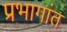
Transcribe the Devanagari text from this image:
प्रभागांत